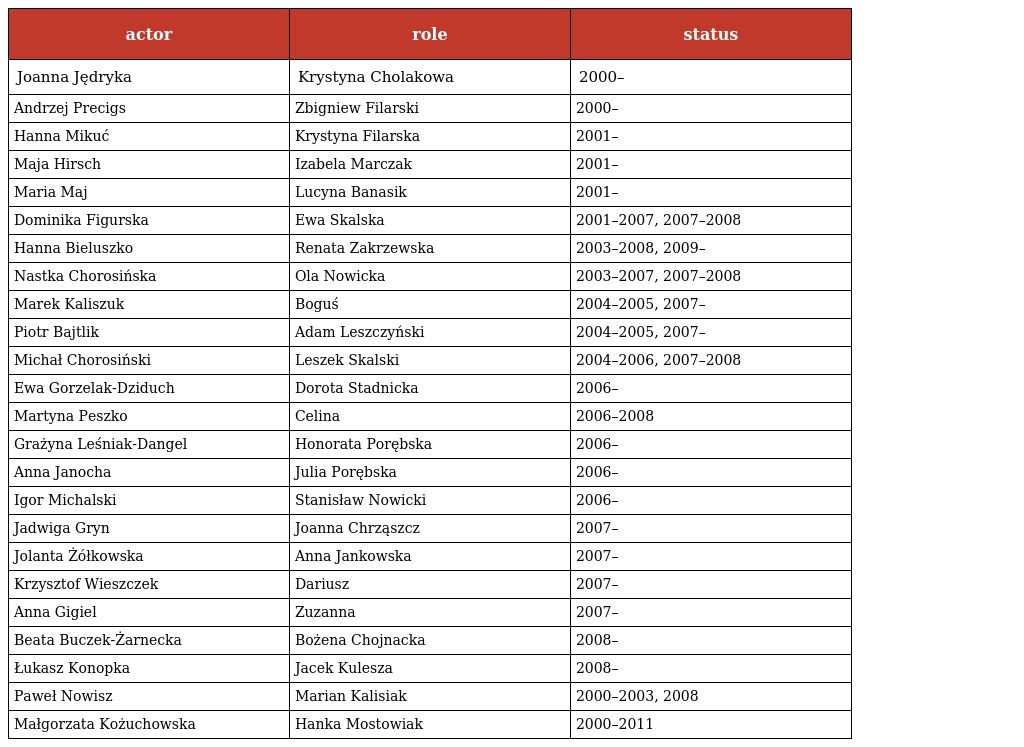
| actor | role | status |
 | --- | --- | --- |
 | Joanna Jędryka | Krystyna Cholakowa | 2000– |
 | Andrzej Precigs | Zbigniew Filarski | 2000– |
 | Hanna Mikuć | Krystyna Filarska | 2001– |
 | Maja Hirsch | Izabela Marczak | 2001– |
 | Maria Maj | Lucyna Banasik | 2001– |
 | Dominika Figurska | Ewa Skalska | 2001–2007, 2007–2008 |
 | Hanna Bieluszko | Renata Zakrzewska | 2003–2008, 2009– |
 | Nastka Chorosińska | Ola Nowicka | 2003–2007, 2007–2008 |
 | Marek Kaliszuk | Boguś | 2004–2005, 2007– |
 | Piotr Bajtlik | Adam Leszczyński | 2004–2005, 2007– |
 | Michał Chorosiński | Leszek Skalski | 2004–2006, 2007–2008 |
 | Ewa Gorzelak-Dziduch | Dorota Stadnicka | 2006– |
 | Martyna Peszko | Celina | 2006–2008 |
 | Grażyna Leśniak-Dangel | Honorata Porębska | 2006– |
 | Anna Janocha | Julia Porębska | 2006– |
 | Igor Michalski | Stanisław Nowicki | 2006– |
 | Jadwiga Gryn | Joanna Chrząszcz | 2007– |
 | Jolanta Żółkowska | Anna Jankowska | 2007– |
 | Krzysztof Wieszczek | Dariusz | 2007– |
 | Anna Gigiel | Zuzanna | 2007– |
 | Beata Buczek-Żarnecka | Bożena Chojnacka | 2008– |
 | Łukasz Konopka | Jacek Kulesza | 2008– |
 | Paweł Nowisz | Marian Kalisiak | 2000–2003, 2008 |
 | Małgorzata Kożuchowska | Hanka Mostowiak | 2000–2011 |